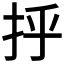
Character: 𫼞